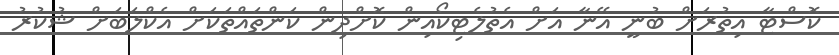
ކޮސްޓާ އިތުރަށް ބުނީ އޭނާ އަށް އެތުލެޓިކޯއިން ކޮށްދިން ކަންތައްތަކަށް އެކްލަބަށް ޝުކުރު